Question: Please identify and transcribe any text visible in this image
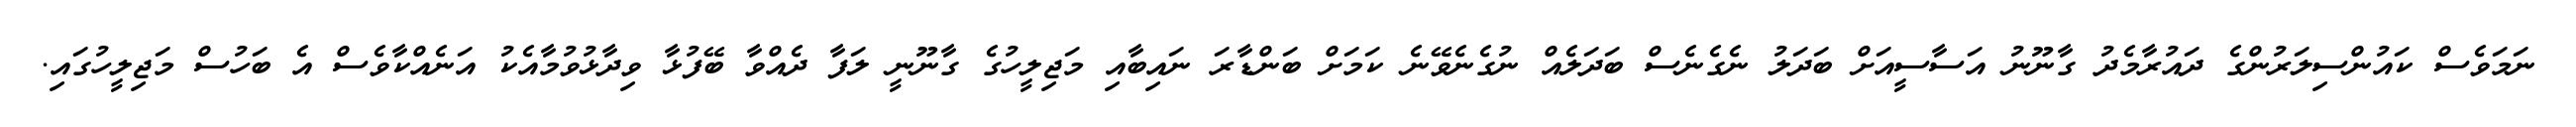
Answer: ނަމަވެސް ކައުންސިލަރުންގެ ދައުރާމެދު ގާނޫނު އަސާސީއަށް ބަދަލު ނެގެނެސް ބަދަލެއް ނުގެނެވޭނެ ކަމަށް ބަންޑާރަ ނައިބާއި މަޖިލީހުގެ ގާނޫނީ ލަފާ ދެއްވާ ބޭފުޅާ ވިދާޅުވުމާއެކު އަނެއްކާވެސް އެ ބަހުސް މަޖިލީހުގައި.